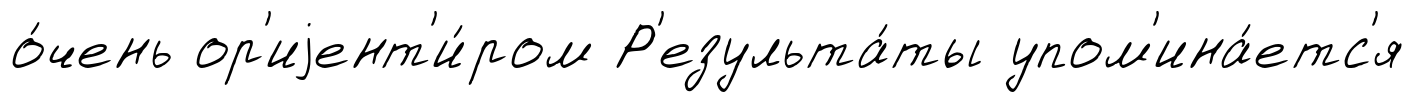
о́чень ор'иjент'и́ром Р'езульта́ты упом'ина́етс'я